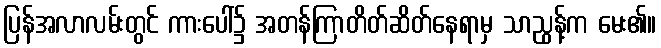
ပြန်အလာလမ်းတွင် ကားပေါ်၌ အတန်ကြာတိတ်ဆိတ်နေရာမှ သာညွန့်က မေး၏။